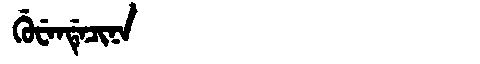
Manchu: ᡤᡠᠸᡝᠨᡩᡝᠴᡳᠨᠠ
Romanization: GUWENDECINA